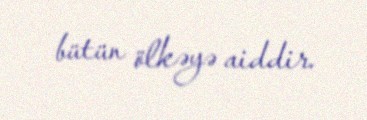
bütün ölkəyə aiddir.